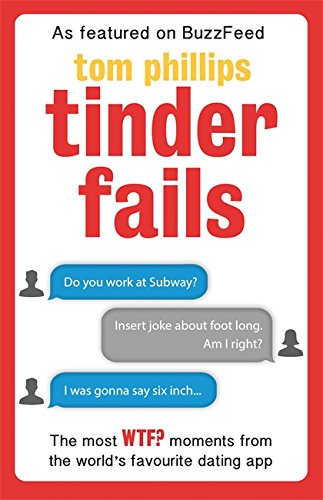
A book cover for Tinder Fails: The Most WTF? Moments from the World's Favourite Dating App; Tom Phillips; Humor & Entertainment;